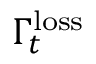
\Gamma _ { t } ^ { \mathrm { l o s s } }